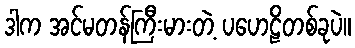
ဒါက အင်မတန်ကြီးမားတဲ့ ပဟေဠိတစ်ခုပဲ။